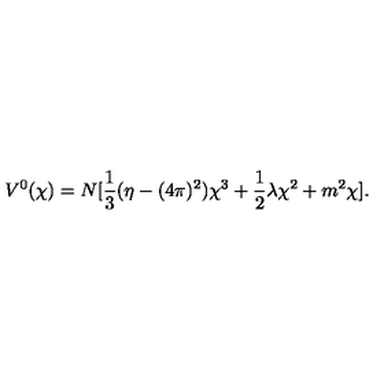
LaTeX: V ^ { 0 } ( \chi ) = N [ { \frac { 1 } { 3 } } ( { \eta - ( 4 \pi ) ^ { 2 } } ) \chi ^ { 3 } + { \frac { 1 } { 2 } } \lambda \chi ^ { 2 } + m ^ { 2 } \chi ] .